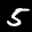
Label: 5